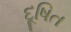
દૂષિત